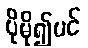
ပိုမို၍ပင်